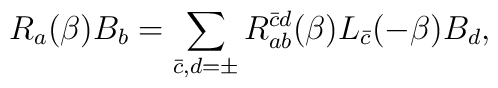
R_a ( \beta) B_b = \sum_{\bar c, d = \pm} R_{a b}^{\bar c d} ( \beta) L_{\bar c} ( - \beta) B_d,